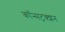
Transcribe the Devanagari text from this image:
कॉन्सट्रक्शन